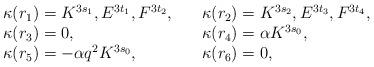
LaTeX: \begin{align*}\begin{array}{ll}\kappa(r_1) =K^{3s_1}, E^{3t_1}, F^{3t_2}, \quad&\kappa(r_2) =K^{3s_2}, E^{3t_3}, F^{3t_4}, \\ \kappa(r_3) = 0 , \quad&\kappa(r_4) = \alpha K^{3s_0}, \\ \kappa(r_5) = -\alpha q^2 K^{3s_0}, \quad&\kappa(r_6) = 0,\end{array}\end{align*}